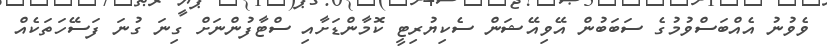
ވެވުނު އެއްބަސްވުމުގެ ސަބަބުން އޭވިއޭޝަން ސެކިޔުރިޓީ ކޮމާންޑަށާއި ސްޓާފުންނަށް ގިނަ ގުނަ ފަސޭހަތަކެއް